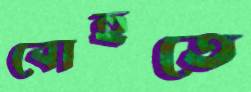
বোহুতে